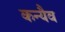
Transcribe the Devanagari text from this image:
कन्यैव